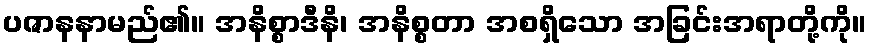
ပဇာနနာမည်၏။ အနိစ္စာဒီနိ၊ အနိစ္စတာ အစရှိသော အခြင်းအရာတို့ကို။